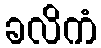
ခလိကံ